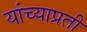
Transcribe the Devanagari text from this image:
यांच्याप्रती